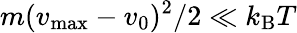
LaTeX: m(v_{\textrm{max}}-v_{0})^{2}/2\ll k_{\textrm{B}}T